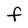
Character: F